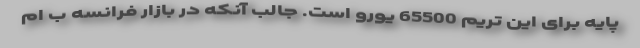
پایه برای این تریم 65500 یورو است. جالب آنکه در بازار فرانسه ب ام